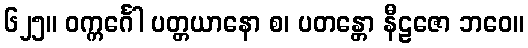
၆၂၅။ ဝက္ကင်္ဂေါ ပတ္တယာနော စ၊ ပတန္တော နီဠဇော ဘဝေ။